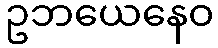
ဥဘယေနေဝ